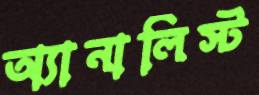
অ্যানালিস্ট